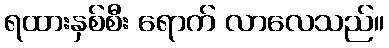
ရထားနှစ်စီး ရောက် လာလေသည်။